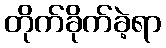
တိုက်ခိုက်ခဲ့ရာ